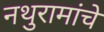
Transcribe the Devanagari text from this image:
नथुरामांचे